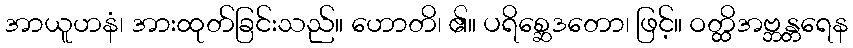
အာယူဟနံ၊ အားထုတ်ခြင်းသည်။ ဟောတိ၊ ၏။ ပရိစ္ဆေဒတော၊ ဖြင့်။ ဝတ္ထိအဗ္ဘန္တရေန